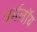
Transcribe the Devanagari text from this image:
पर्मलॉय